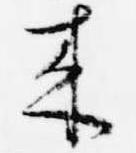
来